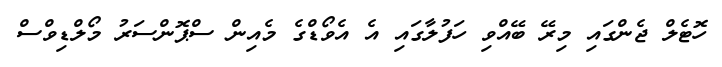
ހޮޓެލް ޖެންގައި މިރޭ ބޭއްވި ހަފުލާގައި އެ އެވޯޑްގެ މެއިން ސްޕޮންސަރު މޯލްޑިވްސް